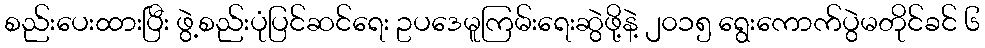
စည်းပေးထားပြီး ဖွဲ့စည်းပုံပြင်ဆင်ရေး ဥပဒေမူကြမ်းရေးဆွဲဖို့နဲ့ ၂၀၁၅ ရွေးကောက်ပွဲမတိုင်ခင် ၆